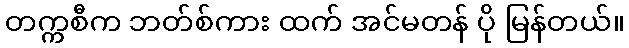
တက္ကစီက ဘတ်စ်ကား ထက် အင်မတန် ပို မြန်တယ်။